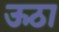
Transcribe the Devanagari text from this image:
ऊठा